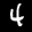
Label: 4